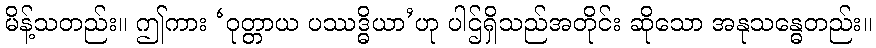
မိန့်သတည်း။ ဤကား ‘ဝုတ္တာယ ပဿဒ္ဓိယာ’ဟု ပါဌ်ရှိသည်အတိုင်း ဆိုသော အနုသန္ဓေတည်း။